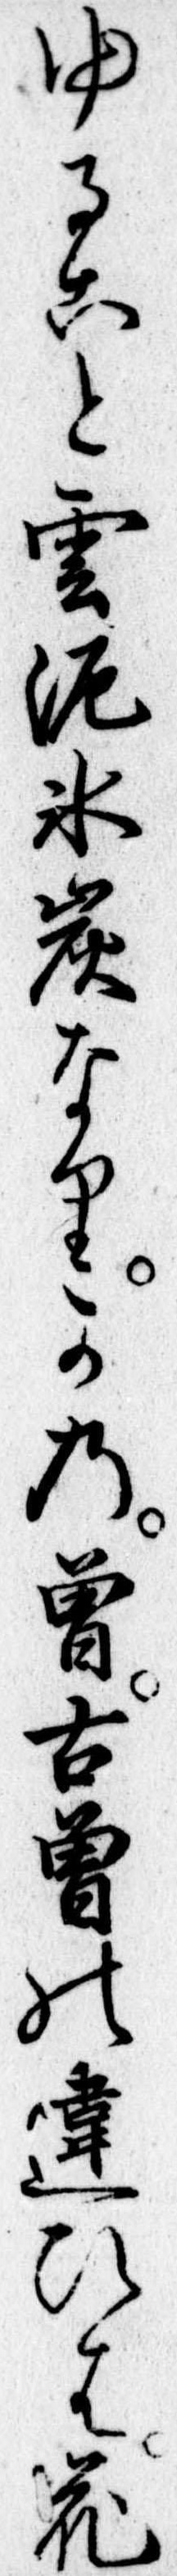
ゆること雲泥氷炭なりかの曽古曽の違ひは花